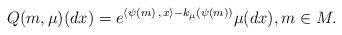
LaTeX: \begin{align*} Q(m,\mu)(dx)= e^{\langle \psi(m) \,,\, x\rangle-k_{\mu}(\psi(m))}\mu(dx), m\in M .\end{align*}